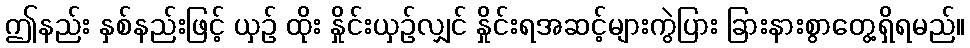
ဤနည်း နှစ်နည်းဖြင့် ယှဉ် ထိုး နှိုင်းယှဉ်လျှင် နှိုင်းရအဆင့်များကွဲပြား ခြားနားစွာတွေ့ရှိရမည်။